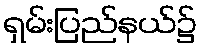
ရှမ်းပြည်နယ်၌